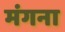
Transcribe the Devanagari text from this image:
मंगना